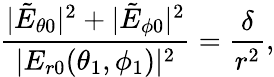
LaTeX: \frac{|\tilde{E}_{\theta 0}|^{2}+|\tilde{E}_{\phi 0}|^{2}}{|E_{r0}(\theta_{1},\phi_{1})|^{2}}=\frac{\delta}{r^{2}},